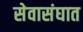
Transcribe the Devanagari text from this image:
सेवासंघात